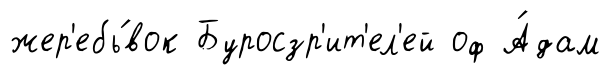
жер'ебь́вок Буросзр'ит'ел'ей оф А́дам